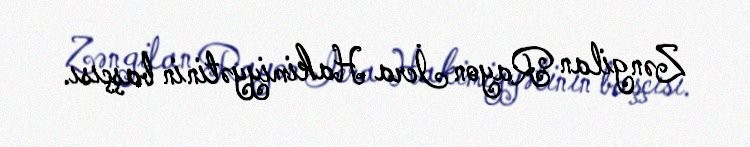
Zəngilan Rayon İcra Hakimiyyətinin başçısı.